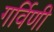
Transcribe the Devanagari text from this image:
गर्विणी